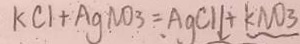
K C l + A g N O _ { 3 } = A g C l \downarrow + K N O _ { 3 }